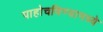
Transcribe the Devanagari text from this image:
पाहोचविण्यामध्ये